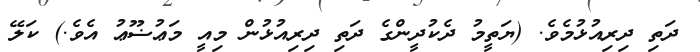
ދަތި ދިރިއުޅުމެވެ. (ޔަތީމު ދެކުދީންގެ ދަތި ދިރިއުޅުން މިއީ މަޢުޟޫޢު އެވެ.) ކަލޭ